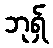
ဘုရှ်